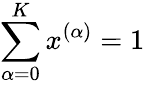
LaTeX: \sum_{\alpha=0}^{K}x^{(\alpha)}=1